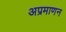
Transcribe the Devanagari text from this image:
अप्रमाणन